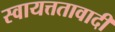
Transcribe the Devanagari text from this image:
स्वायत्ततावादी